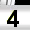
Digit: 3